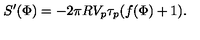
S ^ { \prime } ( \Phi ) = - 2 \pi R V _ { p } \tau _ { p } ( f ( \Phi ) + 1 ) .